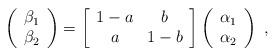
LaTeX: \begin{align*} \left(\begin{array}{c} \beta_1\\ \beta_2\end{array}\right) = \left[ \begin{array}{cc}1- a & b\\ a & 1-b\end{array}\right] \left(\begin{array}{c} \alpha_1\\ \alpha_2\end{array}\right)\ ,\end{align*}